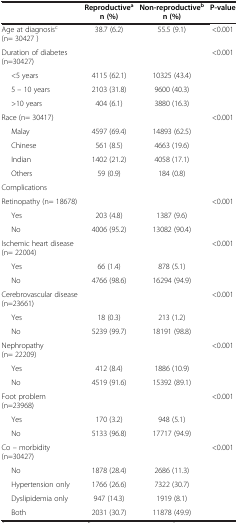
<table><thead><tr><td><b> </b></td><td><b>Reproductive<sup>a </sup>n (%)</b></td><td><b>Non-reproductive<sup>b </sup>n (%)</b></td><td><b>P-value</b></td></tr></thead><tbody><tr><td>Age at diagnosis<sup>c</sup> (n= 30427 )</td><td>38.7 (6.2)</td><td>55.5 (9.1)</td><td>&lt;0.001</td></tr><tr><td>Duration of diabetes (n=30427)</td><td> </td><td> </td><td>&lt;0.001</td></tr><tr><td>&lt;5 years</td><td>4115 (62.1)</td><td>10325 (43.4)</td><td> </td></tr><tr><td>5 – 10 years</td><td>2103 (31.8)</td><td>9600 (40.3)</td><td> </td></tr><tr><td>&gt;10 years</td><td>404 (6.1)</td><td>3880 (16.3)</td><td> </td></tr><tr><td>Race (n= 30417)</td><td> </td><td> </td><td>&lt;0.001</td></tr><tr><td>Malay</td><td>4597 (69.4)</td><td>14893 (62.5)</td><td> </td></tr><tr><td>Chinese</td><td>561 (8.5)</td><td>4663 (19.6)</td><td> </td></tr><tr><td>Indian</td><td>1402 (21.2)</td><td>4058 (17.1)</td><td> </td></tr><tr><td>Others</td><td>59 (0.9)</td><td>184 (0.8)</td><td> </td></tr><tr><td>Complications</td><td> </td><td> </td><td> </td></tr><tr><td>Retinopathy (n= 18678)</td><td> </td><td> </td><td>&lt;0.001</td></tr><tr><td>Yes</td><td>203 (4.8)</td><td>1387 (9.6)</td><td> </td></tr><tr><td>No</td><td>4006 (95.2)</td><td>13082 (90.4)</td><td> </td></tr><tr><td>Ischemic heart disease (n= 22004)</td><td> </td><td> </td><td>&lt;0.001</td></tr><tr><td>Yes</td><td>66 (1.4)</td><td>878 (5.1)</td><td> </td></tr><tr><td>No</td><td>4766 (98.6)</td><td>16294 (94.9)</td><td> </td></tr><tr><td>Cerebrovascular disease (n=23661)</td><td> </td><td> </td><td>&lt;0.001</td></tr><tr><td>Yes</td><td>18 (0.3)</td><td>213 (1.2)</td><td> </td></tr><tr><td>No</td><td>5239 (99.7)</td><td>18191 (98.8)</td><td> </td></tr><tr><td>Nephropathy (n= 22209)</td><td> </td><td> </td><td>&lt;0.001</td></tr><tr><td>Yes</td><td>412 (8.4)</td><td>1886 (10.9)</td><td> </td></tr><tr><td>No</td><td>4519 (91.6)</td><td>15392 (89.1)</td><td> </td></tr><tr><td>Foot problem (n=23968)</td><td> </td><td> </td><td>&lt;0.001</td></tr><tr><td>Yes</td><td>170 (3.2)</td><td>948 (5.1)</td><td> </td></tr><tr><td>No</td><td>5133 (96.8)</td><td>17717 (94.9)</td><td> </td></tr><tr><td>Co – morbidity (n=30427)</td><td> </td><td> </td><td>&lt;0.001</td></tr><tr><td>No</td><td>1878 (28.4)</td><td>2686 (11.3)</td><td> </td></tr><tr><td>Hypertension only</td><td>1766 (26.6)</td><td>7322 (30.7)</td><td> </td></tr><tr><td>Dyslipidemia only</td><td>947 (14.3)</td><td>1919 (8.1)</td><td> </td></tr><tr><td>Both</td><td>2031 (30.7)</td><td>11878 (49.9)</td><td> </td></tr></tbody></table>